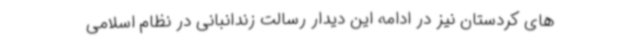
های کردستان نیز در ادامه این دیدار رسالت زندانبانی در نظام اسلامی